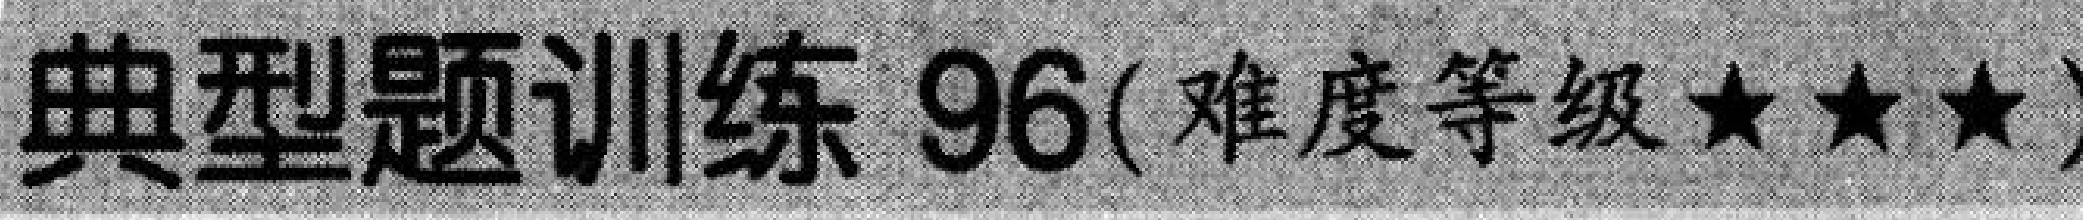
典型题训练 \(96\)( 难度等级 \(\star\star\star\) )